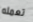
تعمله